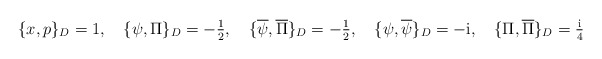
\begin{align*}\textstyle\{x,p\}_{D}=1,\quad \{\psi ,\Pi \}_{D}=-\frac{1}{2},\quad \{\overline{\psi} ,\overline{\Pi}\}_{D}=-\frac{1}{2},\quad \{\psi ,\overline{\psi }\}_{D}=-{\rm i},\quad \{\Pi ,\overline{\Pi }\}_{D}=\frac{\rm i}{4}\end{align*}